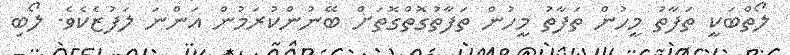
ލޯތްބަކީ ތަފާތު މީހުން ތަފާތު މީހުން ތަފާތުގޮތްގޮތަށް ބޭނުންކުރަމުން އަންނަ ލަފުޒެކެވެ. ލޯބި